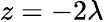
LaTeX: z=-2\lambda